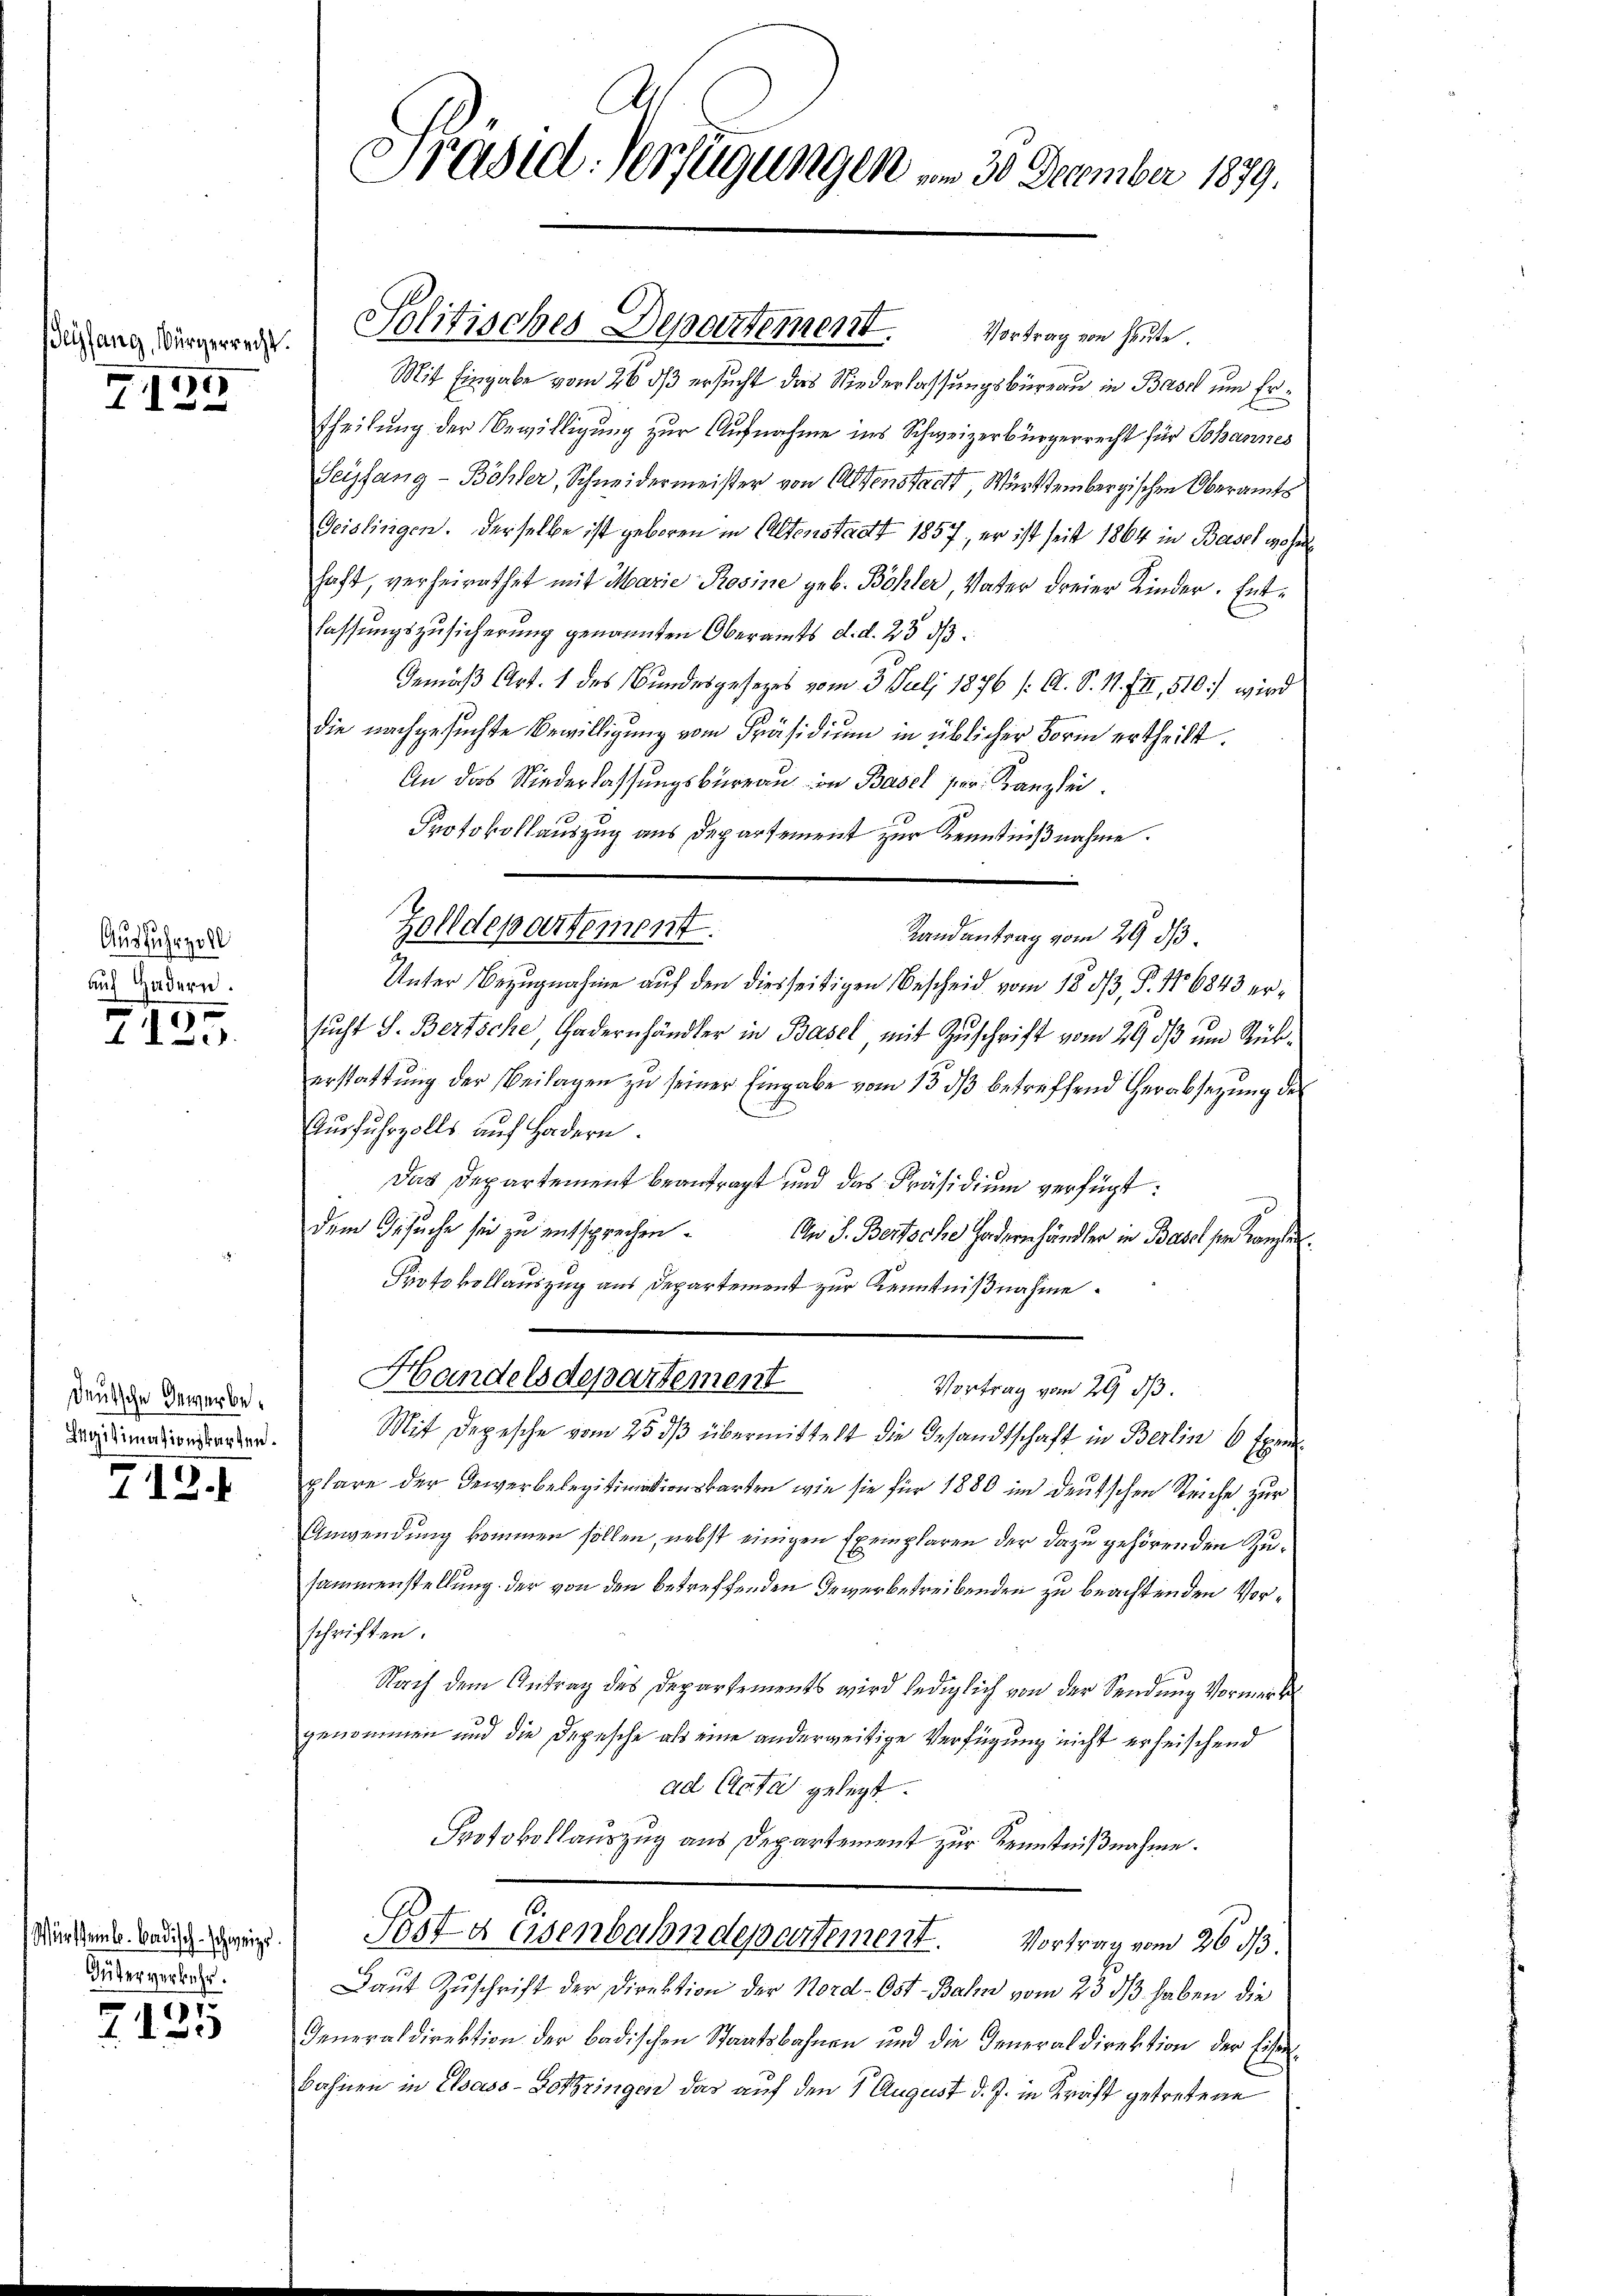
Teyfang, Bürgerrecht.
6

41

Ausfuhrzoll
auf Hadern.

7125.

Deutsche Gewerbe.
Legitimationskarten.

718 f

üeml. Badisch-schweize
Güterverkehr.

2
7

Präsid. Verfügungen am 30. December 1879.

Vortrag von Heute
Mit Eingabe vom 26. ds ersucht das Niederlassungsbüreau in Basel um Ertheilung der Bewilligung zur Aufnahme ins Schweizerbürgerrecht für Johannes
Seyffang - Böhler, Schneidermeister von Altenstacht, Württembergischen Oberamts
Geislingen. Derselbe ist geboren in Altenstadt 1857, er ist seit 1864 in Basel wohn
haft, verheirathet mit Marie Rosine geb. Böhler, Vater dreier Kinder. Entfassungszusicherung genannten Oberamts d. d. 23 d
Gemäß Art. 1 des Bundesgesetzes vom 3. Juli 1876 /: A. S. 11. III, 510.) wird
die nachgesuchte Bewilligung vom Präsidium in üblicher Form ertheilt.
An das Niederlassungsbüreau von Basel her. Kanzlei.
Protokollauszug aus Departement zur Kenntnißnahme.
Randantrag vom 29. ds.
Unter Bezugnahme auf den diesseitigen Bescheid vom 18 1/3. P. 16843 ersŭcht S. Bertsche, Gadernhändler in Basel mit Zuschrift vom 29. ds um Rükerstattŭng der Beilagen zŭ seiner Eingabe vom 13. dβ betreffend Herabsetzung de
Ausfuhrzolls auch Fordern.
Das Departement beantragt und das Präsidium verfügt:
dem Gesuche sie zu entsprechen.
An J. Bertsche odern händler in Basel sie Kaufen
Protokollauszug aus Departement zur Kenntnißnahme
Handelsdepartement
Vortrag vom 29. ds
Mit Depesche vom 25. dβ übermittelt die Gesandtschaft in Berlin 6 Exem
plare der Gewerbelegitimationskarten, wie sie für 1880 im deutschen Reiche zur
Anwendung kommen sollen, nebst einigen Exemplaren der dazu gehörenden Zusammenstellung der von den betreffenden Gewerbetreibenden zu beachtenden Vorschriften.
Nach dem Antrag des Departements wird lediglich von der Sendung Vormerk
genommen und die Depesche als eine anderweitige Verfügung nicht erheischend
ad Acta gelegt.
Protokollauszug aus Departement zur Kenntnißnahme.
u
Pesta eisenbahndepartement. Vortrag vom 26. ds.
Laut Zuschrift der Direktion der Nord-Ost-Bahn vom 23. dβ haben die
Generaldirektion der badischen Staatsbahnen und die Generaldirektion der Eisenbahnen in Elsass-Botzzingen das auf den 1. August d. J. in Kraft getretene

Solitisches Departement.

Zolldepartement.